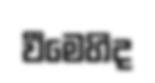
වීමෙහිද